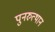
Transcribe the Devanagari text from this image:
पुनरुत्‍थान